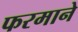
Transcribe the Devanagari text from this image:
फरमाने